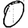
Digit: 0